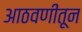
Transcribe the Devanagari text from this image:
आठवणीतून